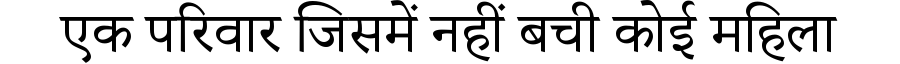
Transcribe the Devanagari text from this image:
एक परिवार जिसमें नहीं बची कोई महिला